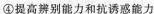
④提高辨别能力和抗诱惑能力